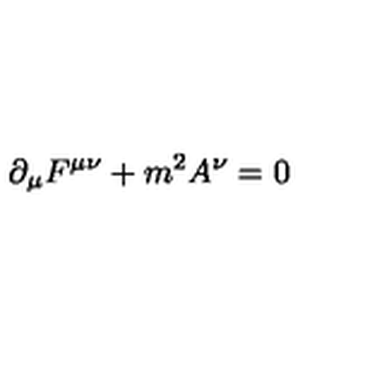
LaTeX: \partial _ { \mu } F ^ { \mu \nu } + m ^ { 2 } A ^ { \nu } = 0